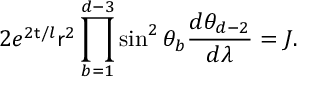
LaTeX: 2 e ^ { 2 { \sf t } / l } { \sf r } ^ { 2 } \prod _ { b = 1 } ^ { d - 3 } \sin ^ { 2 } \theta _ { b } \frac { d \theta _ { d - 2 } } { d \lambda } = J .